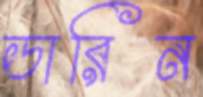
ডারিন